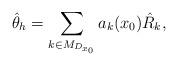
LaTeX: \begin{align*}\hat{\theta}_h= \sum_{k\in M_{D_{x_0}}} a_k(x_0) \hat{R}_k,\end{align*}